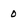
Character: 0